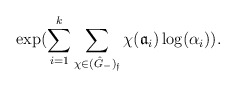
\begin{align*} \exp(\sum_{i=1}^k \sum_{\chi \in (\hat G_-)_\mathfrak f} \chi(\mathfrak a_i) \log(\alpha_i)).\end{align*}